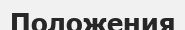
Положения